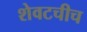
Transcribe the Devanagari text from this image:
शेवटचीच